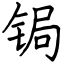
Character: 锔